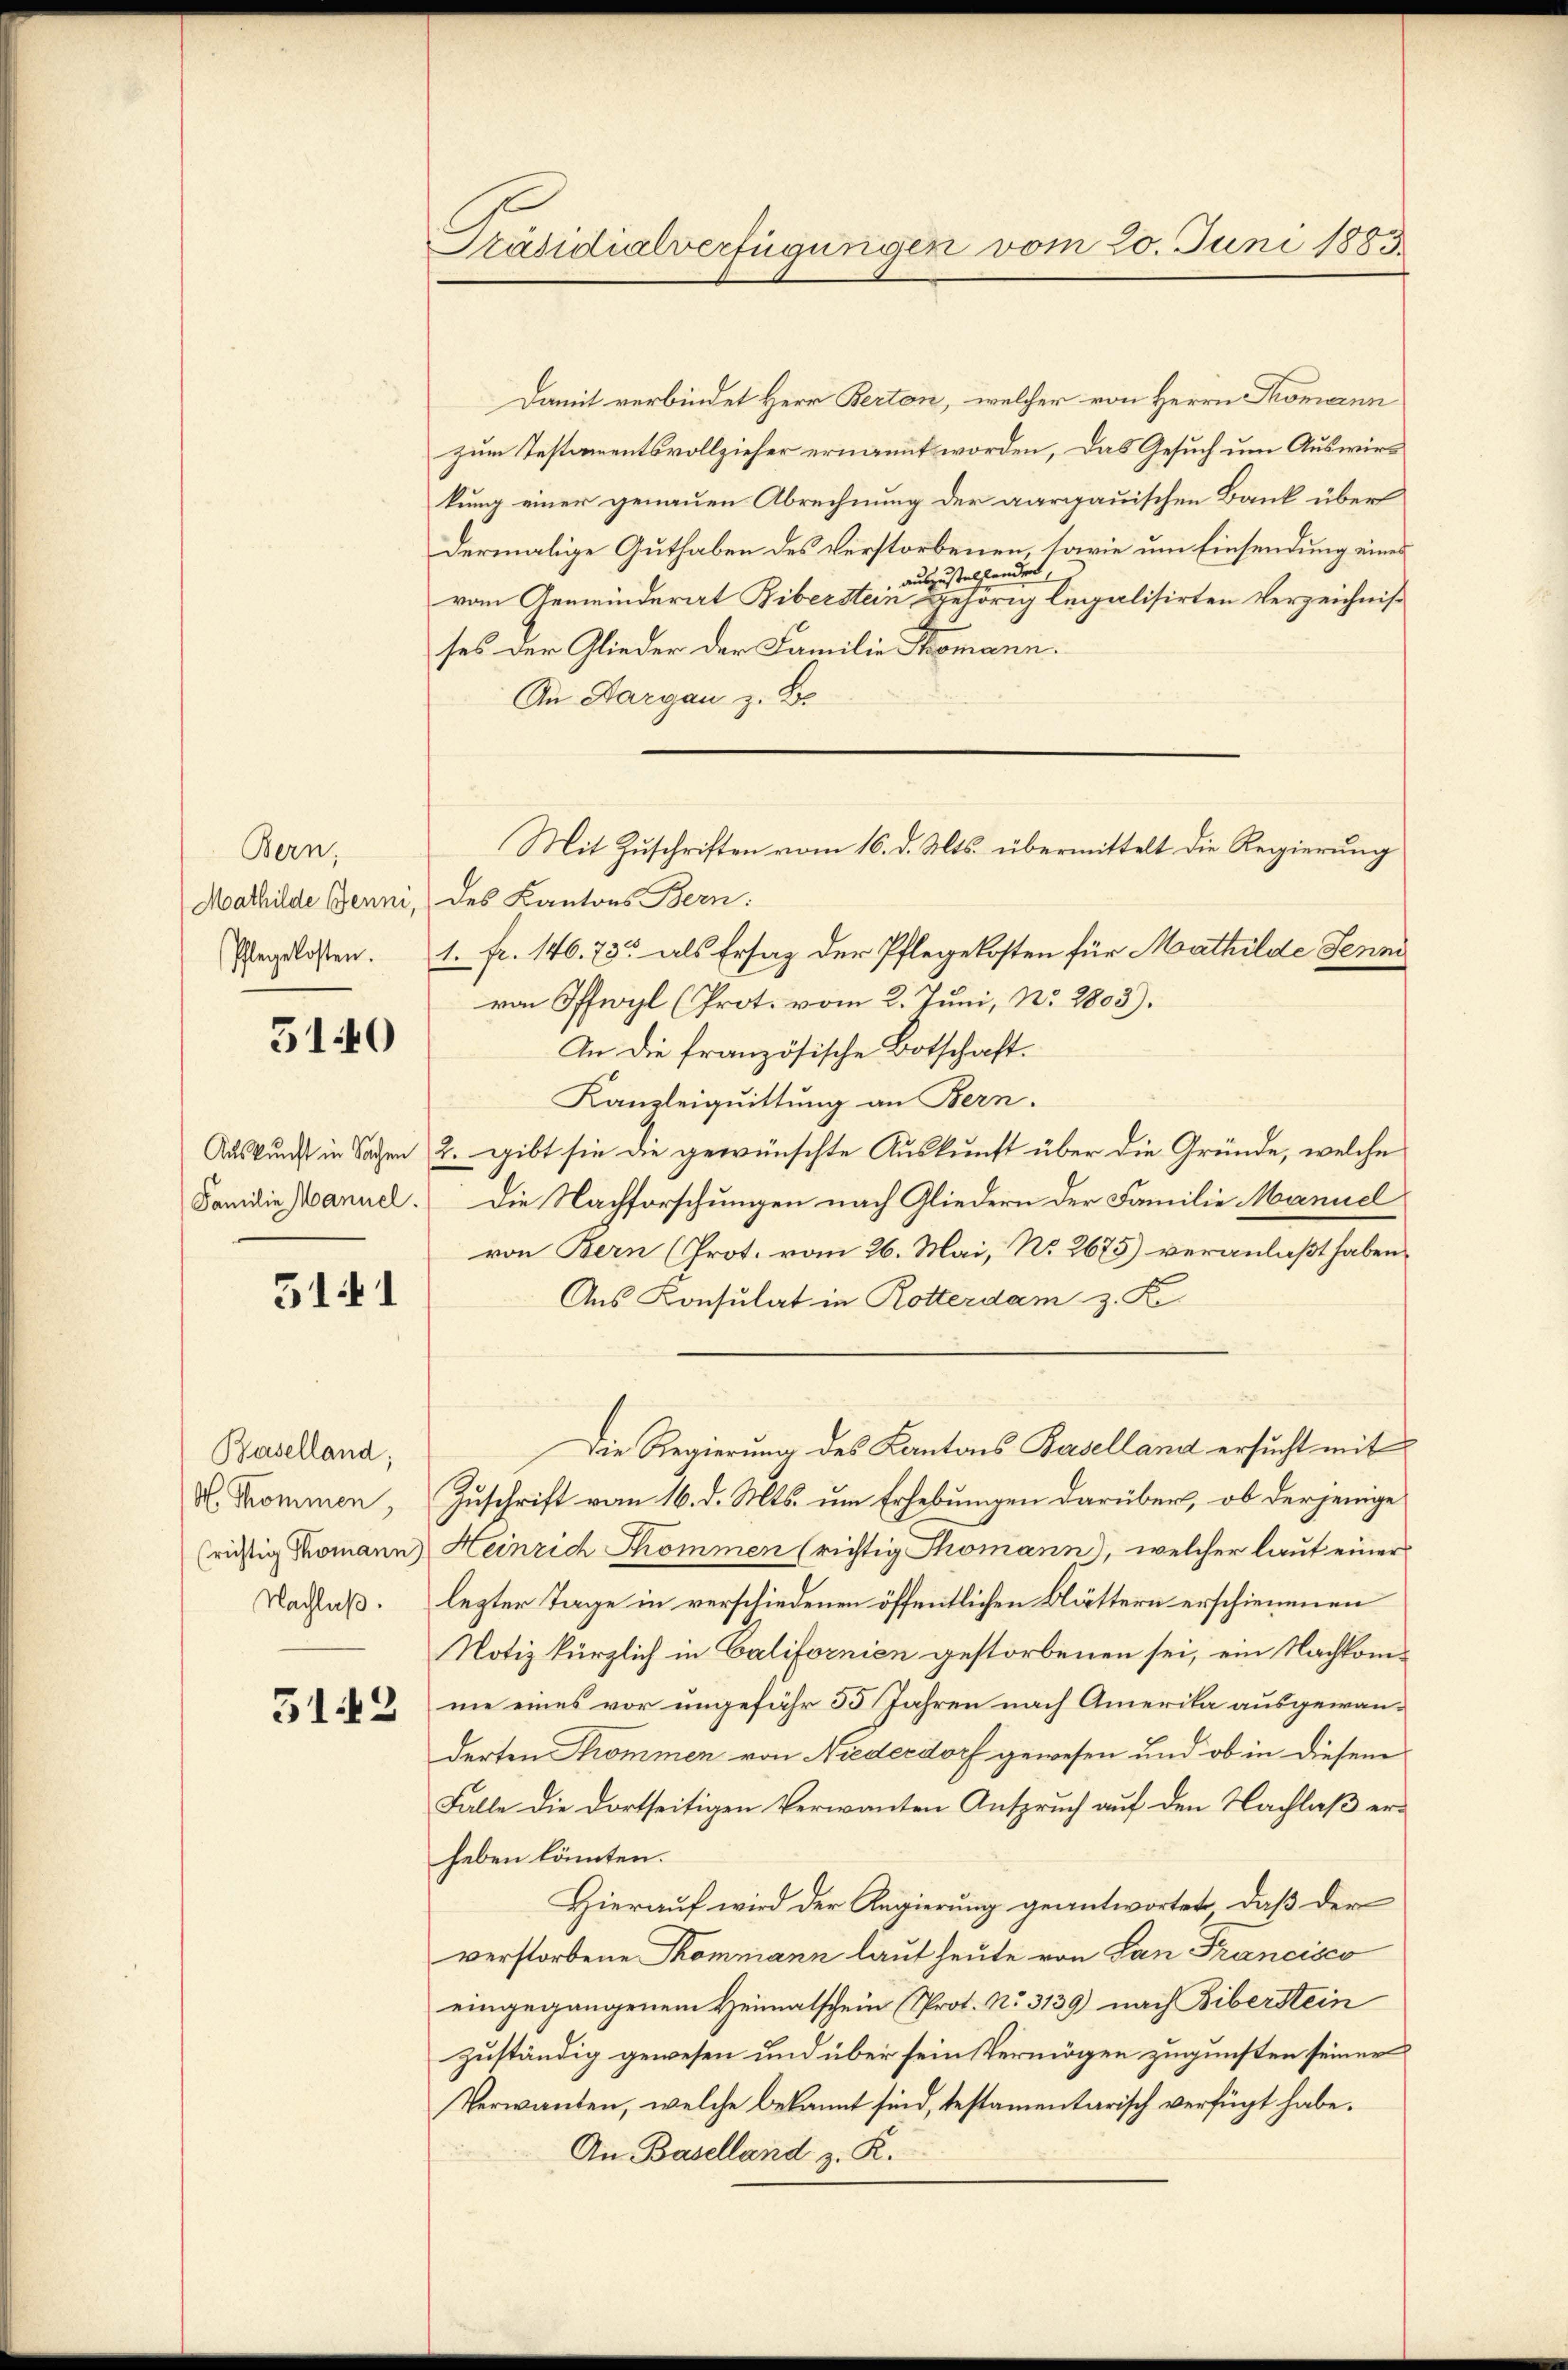
Bern,
Mathilde Jenni,

5140

Familie Mannel.

5141

Baselland;
A. Thommen,
(richtig Thomann)
Nachlaß.

3142

Präsidialverfügungen vom 20. Juni 1883.

Damit verbindet Herr Berton, welcher von Herrn Thomann
zum Testamentsvollzieher ernannt worden, das Gesuch um Auswirkung einer genauen Abrechnung der aargauischen Bank über
dermalige Guthaben des Verstorbenen, tarie um Einsendung eines
auszustellendet,
vom Gemeinderat Biberstein gehörig legalisirten Verzeichnisses der Glieder der Familie Stromann.
An Dargau z. B.
des Kantons Bern:
seglossen. 1. fr. 146. 73 als Ersaz der Pflegekosten für Mathilde Jenne
von Offwyl (Prot. vom 2. Juni, No. 2803).
In die französische Botschaft.
Kanzleiquittung an Bern.
Auskunft in Sachen 2. gibt sie die gewünschte Auskunft über die Gründe, welche
Die Nachforschungen nach Gliedern der Familie Manuel
von Bern (Prot. vom 26. Mai, No. 2675) veranlaßt haben,
Aus Konsulat in Rotterdam z. K
Die Regierung des Kantons Baselland ersucht mit
Zuschrift vom 16. d. Mts. um Erhebungen darüber, ob derjenige
Heinrich Thommen (richtig Thomann), welcher laut einer
lezter Tage in verschiedenen öffentlichen Blättern erschienenen
Notiz kürzlich in Californien gestorbenen sei, ein Nachkomme eines vor ungefähr 55 Jahren nach Amerika ausgewanderten Thommen von Niederdorf gewesen und ob in diesem
Falle die dortseitigen Verwanten Anspruch auf den Nachlaß erheben könnten.
Hierauf wird der Regierung geantwortet, daß der
verstorbene Thommann laut heute von San Francisco
eingegangenem Heimatschein (Prot. No. 3139) nach Biberstein
zuständig gewesen und über sein Vermögen zugunsten seiner
Verwanden, welche bekannt sind, testamentarisch verfügt habe.
An Baselland z. R.

Mit Zuschriften vom 16. d. Mts. übermittelt die Regierung